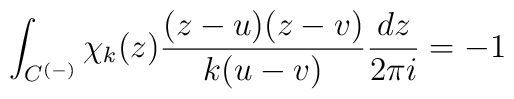
\int_{C^{(-)}}\chi_k(z)\frac{(z-u)(z-v)}{k(u-v)}\frac{dz}{2\pi i}=-1